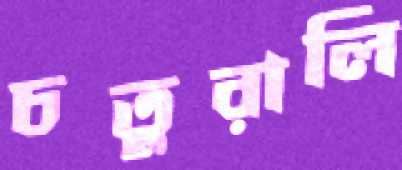
চতুরালি